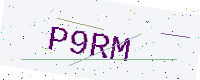
Text: P9RM